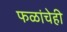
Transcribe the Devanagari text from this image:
फळांचेही